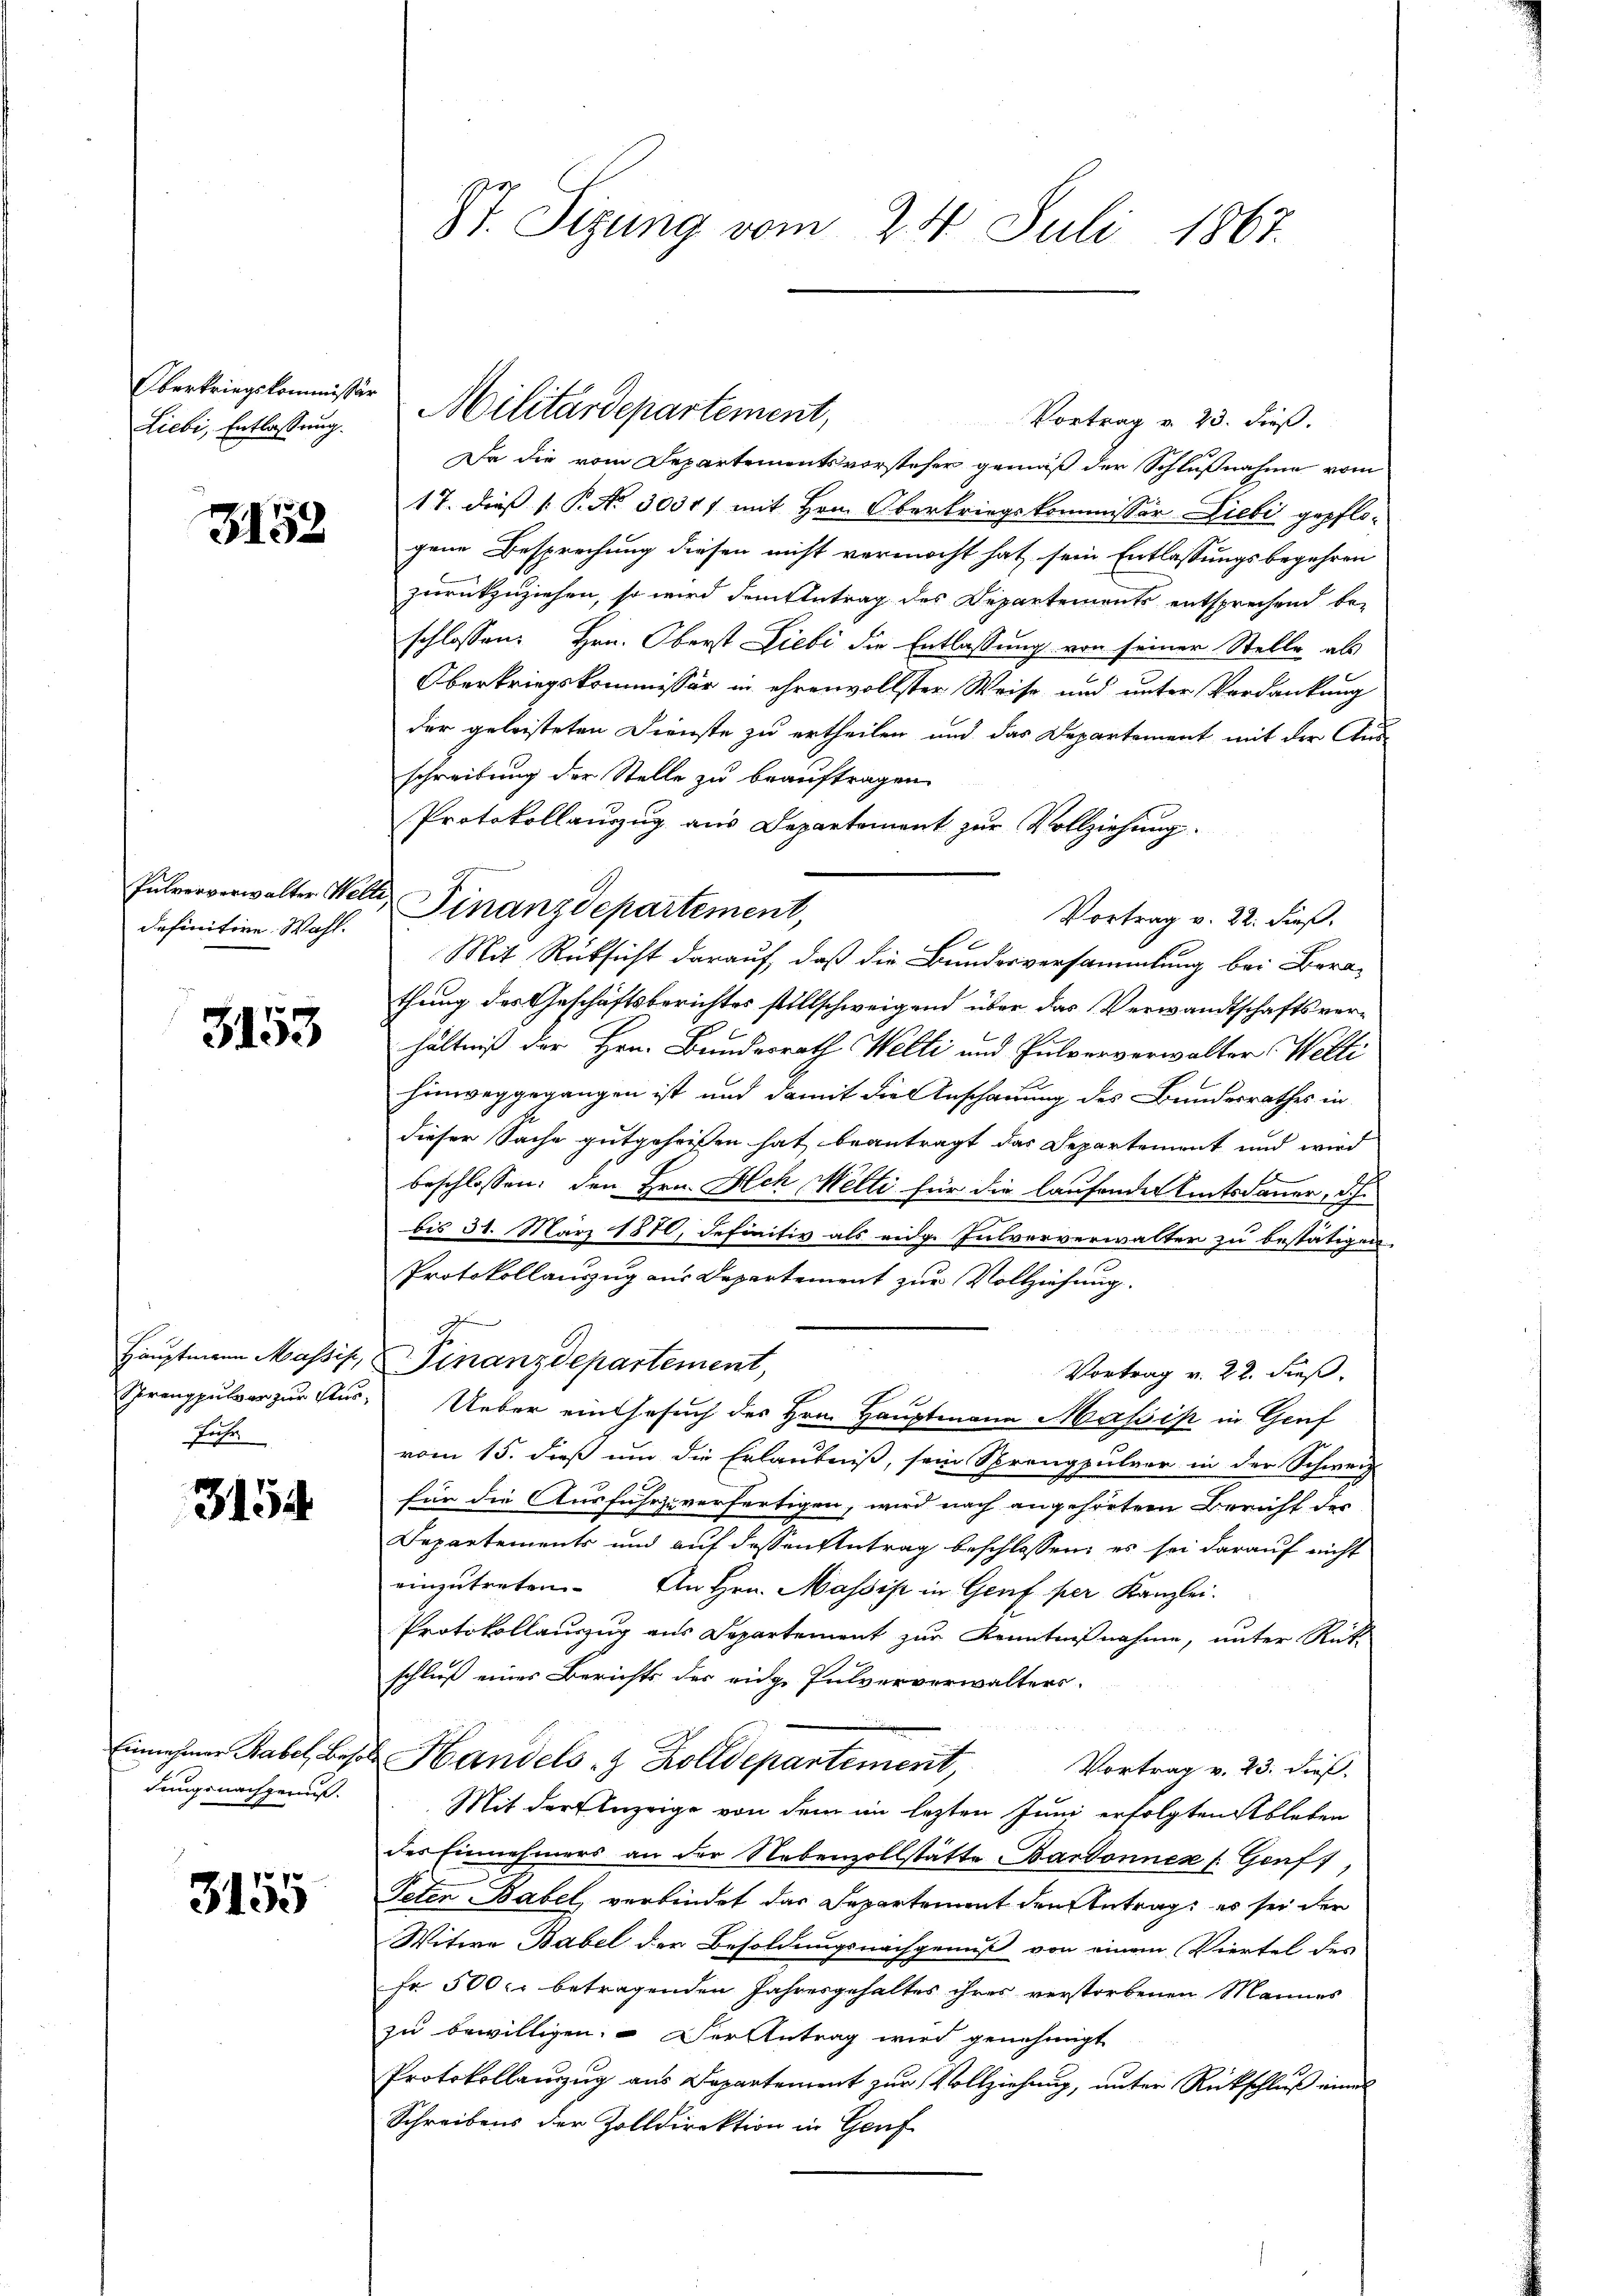
Oberkriegskommissär
Liebi, Entlassung.

3152

definitive. Wahl.

3153

Hauptmann Massis,
Sprengpulver zur Aus¬
Fuhr

3154

Einnehmer Babel, Beso
dungsnachgenuß.

3155

Pulververwalter Welte Finanzdepartement,

St. Sizung vom 24. Juli 1867.

Da die vom Departementsvorsteher gemäß der Schlußnahme vom
17. dieß P. Nr. 30317 mit Hrn. Oberkriegskommissor Liebe gepflo-
gene Besprechung diesen nicht vermocht hat sein Entlassungsbegehren
zurückzuziehen, so wird dem Antrag des Departements entsprechend be-
schlossen: Hrn. Oberst Liebe die Entlassung von seiner Stelle als
Oberkriegskommissär in ehrenvollster Weise und unter Verdankung
der geleisteten Dienste zu ertheilen und das Departement mit der Aus-
schreibung der Stelle zu beauftragen.
Protokollauszug aus Departement zur Vollziehung.
Vortrag v. 22. dieß,
Mit Rüksicht darauf, daß die Bundesversammlung bei Berathung des Geschäftsberichtes stillschweigend über das Verwandtschaftsverhältniß der Hrn. Bundesrath Welti und Pulververwalter Welti
hinweggegangen ist und damit die Anschauung des Bundesrathes in
dieser Sache gutgeheißen hat beantragt das Departement und wird
beschlossen: den Hrn. Ach Melti für die laufender Amtsdauer, dch
bis 31. März 1870, definitiv als eidg. Julvorverwalter zu bestätigen.
Protokollauszug aus Departement zur Vollziehung.
g
Finanzdepartement,
Vortrag v. 22. dieß.
Ueber ein Gesuch des Hrn. Hauptmann Massik in Genf
vom 15. dieß um die Erlaubniß, sein Sprengpulver in der Schweiz
e
für die Ausführzuverfertigen, wird nach angehörter Bericht der
Departements und auf dessen Antrag beschlossen, es sei darauf nicht
einzutreten. An Hrn. Massis in Genf per Kanzlei.
Protokollauszug aus Departement zur Kenntnißnahme, unter Rück
schluß eines Berichts des eidg. Pulververwalters¬
u Handels- & Zolldepartement,
Vortrag v. 23. dieß,
Mit der Einzeige von dem im lezten Juni erfolgten Ableben
des Einnehmers an der Nebenzollstätte Bardonnen (Genf,
Peten Babel verbindet das Departement den Antrags es sei der
Witwe Babel der Besoldungsnachgenuß von einem Viertel des
fr 500 fr betragenden Jahresgehaltes ihres verstorbenen Mannes
zu bewilligen. Der Antrag wird genehmigt
Protokollauszug aus Departement zur Vollziehung, unter Rückschluß eines
Schreibens der Zolldirektion in Genf

Militärdepartement,

Vortrag v. 23. dieß.